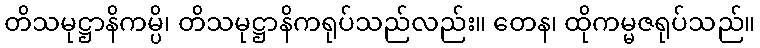
တိသမုဋ္ဌာနိကမ္ပိ၊ တိသမုဋ္ဌာနိကရုပ်သည်လည်း။ တေန၊ ထိုကမ္မဇရုပ်သည်။